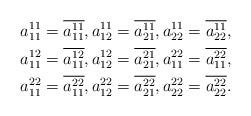
LaTeX: \begin{align*} & a^{11}_{11}=\overline{a^{11}_{11}},a^{11}_{12}=\overline{a^{11}_{21}},a^{11}_{22}=\overline{a^{11}_{22}}, \\& a^{12}_{11}=\overline{a^{12}_{11}},a^{12}_{12}=\overline{a^{21}_{21}},a^{22}_{11}=\overline{a^{22}_{11}}, \\& a^{22}_{11}=\overline{a^{22}_{11}},a^{22}_{12}=\overline{a^{22}_{21}},a^{22}_{22}=\overline{a^{22}_{22}} . \end{align*}